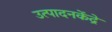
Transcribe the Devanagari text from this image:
उत्पादनकेंद्रे